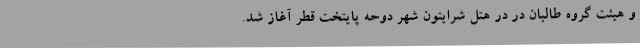
و هیئت گروه طالبان در در هتل شرایتون شهر دوحه پایتخت قطر آغاز شد.